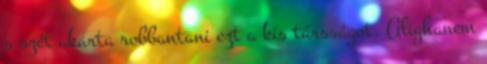
s szét akarta robbantani ezt a kis társságot. Alighanem